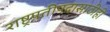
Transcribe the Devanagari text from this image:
राष्ट्रपतीपदासाठीही